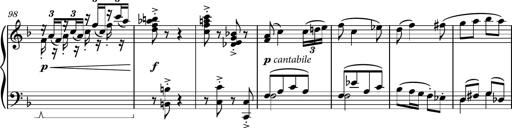
Title: Piano Sonatina II
Composer: Dimitri Sykias
Key: F major